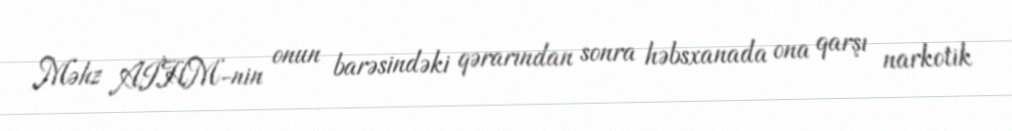
Məhz AİHM-nin onun barəsindəki qərarından sonra həbsxanada ona qarşı narkotik